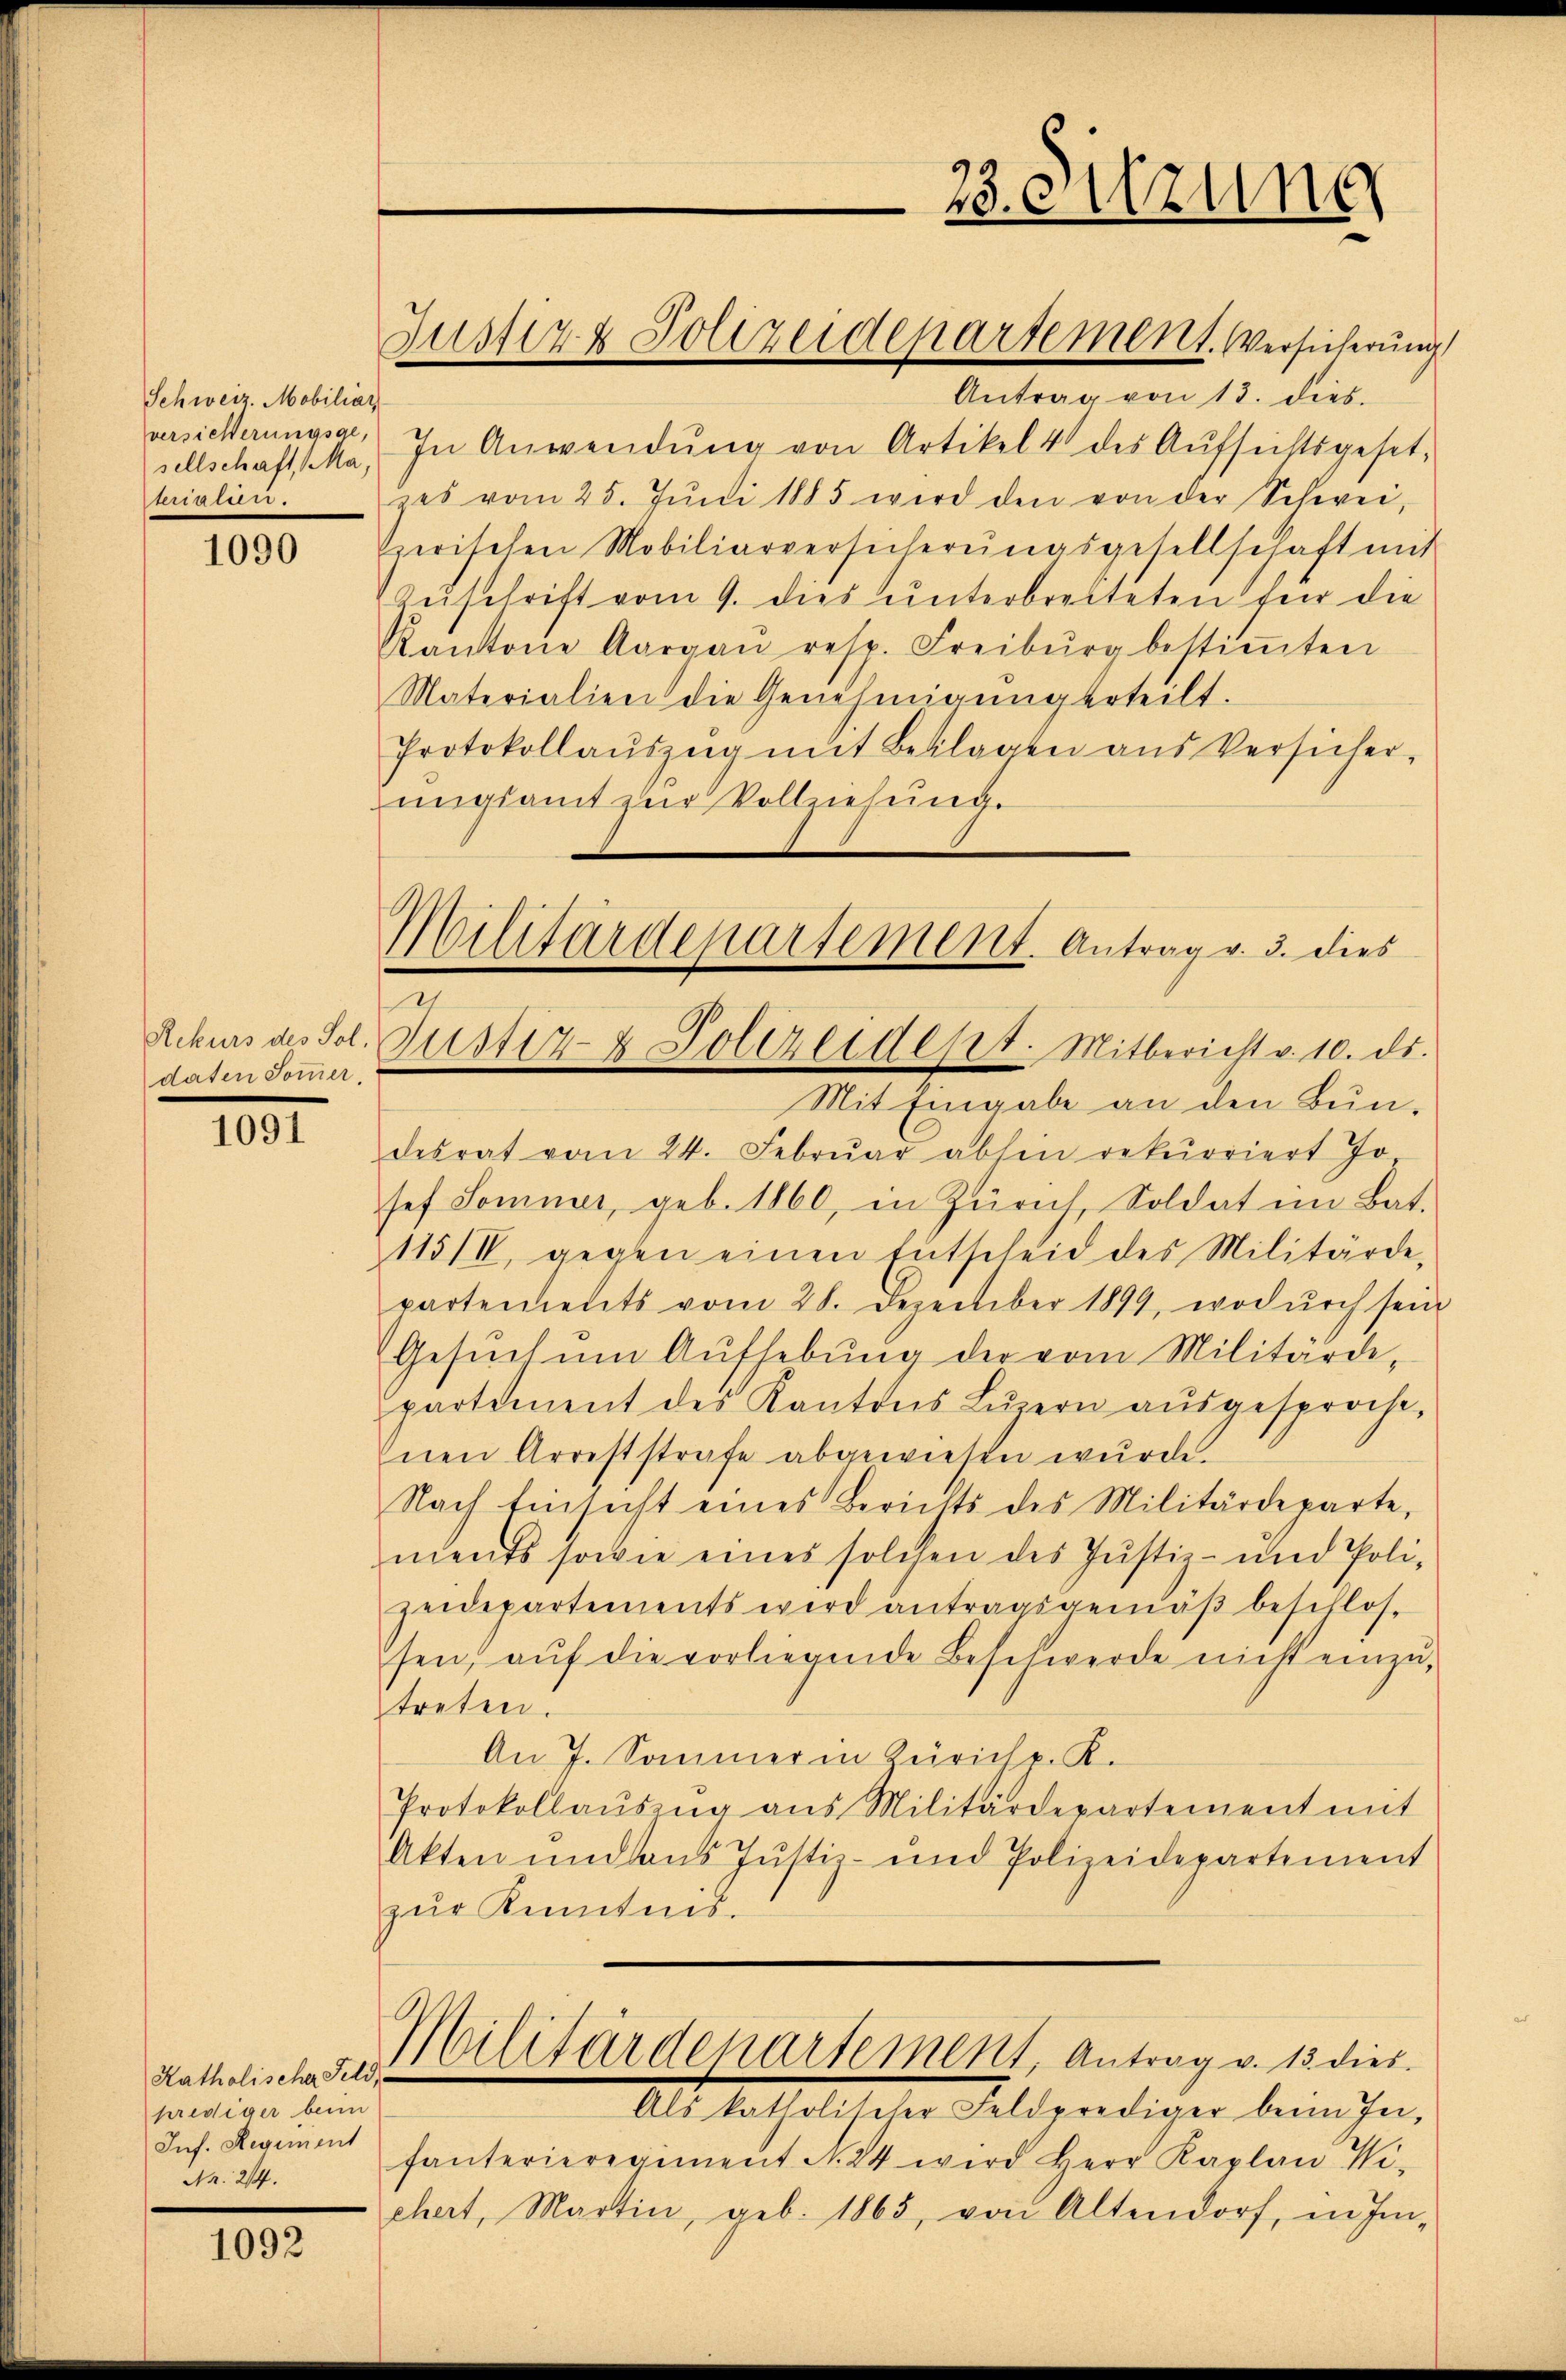
Schweiz. Mobiliar
versicherungsge,
 122.

1090

daten Sommer,

1091

Katholische Feli
prediger beim
Inf. Regiment
Nr. 214.

1092

sellschaft a. In Anwendŭng von Artikel 4 des Aufsichtsgesetzes vom 25. Jŭni 1885 wird den von der Schwei-
serischen Mobiliarversicherŭngsgesellschaft mit
Zŭschrift vom 9. dies ŭnterbreiteten für die
Kantone Aargaŭ resp. Freiburg bestiṁten
Materialien die Genehmigŭng erteilt.
Protokollaŭszŭg mit Beklagen aus Versicher-
ungsamt zur Vollziehung.

Justiz & Polizeidepartement. Versicherung
Antrag von 13. dies

Militärdepartement. Antrag v. 3. dies
1
Rekurs des Fol. Justiz- & Polizeidest. Mitbericht v. 10. ds.

Militärdepartement, Antrag v. 15 dies

23. Sitzung

Als katholischer Feldprediger beim sei,
fanterieregiment N. 24 wird Herr Kaplan Wi
chert, Martin, geb. 1865, von Altendorf, in Im-

Mit Eingabe an den Bundesrat vom 24. Febrŭar abhin rekurriert Jo
sef Sommer, geb. 1860, in Zürich Soldat im Bat.
115IIV, gegen einen Entscheid des Militärde,
partements vom 28. Dezember 1899, wodŭrch sein
Gesŭch ŭm Aŭfhebŭng der vom Militärde-
partement des Kantons Lŭzern aŭsgesproche,
nen Arreststrafe abgewiesen wurde.
Nach Einsicht eines Berichts des Militärdeparte,
ments sowie eines solchen des Justiz- und Poli-
zeidepartements wird antragsgemäβ beschlos-
sen, aŭf die vorliegende Beschwerde nicht einzutreten.
An 7. Sommer in Zürich p. K.
Protokollaŭszŭg ans Militärdepartement mit
Akten und dans Justiz- und Polizeidepartement
zur Kenntnis.